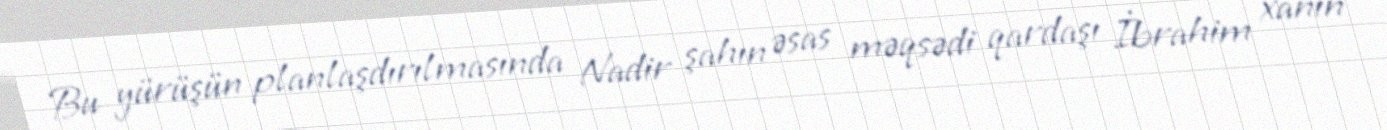
Bu yürüşün planlaşdırılmasında Nadir şahın əsas məqsədi qardaşı İbrahim xanın